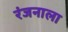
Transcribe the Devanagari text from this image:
रंजनाला